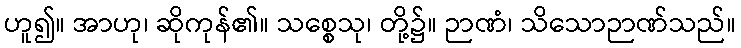
ဟူ၍။ အာဟု၊ ဆိုကုန်၏။ သစ္စေသု၊ တို့၌။ ဉာဏံ၊ သိသောဉာဏ်သည်။